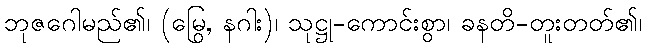
ဘုဇဂေါမည်၏၊ (မြွေ, နဂါး)၊ သုဋ္ဌု-ကောင်းစွာ၊ ခနတိ-တူးတတ်၏၊